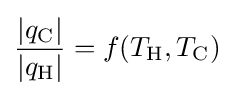
{\frac {|q_{\text{C}}|}{|q_{\text{H}}|}}=f(T_{\text{H}},T_{\text{C}})